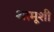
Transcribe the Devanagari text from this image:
शामूशी